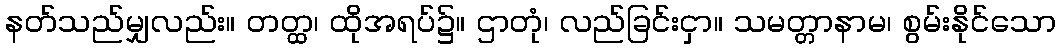
နတ်သည်မျှလည်း။ တတ္ထ၊ ထိုအရပ်၌။ ဌာတုံ၊ လည်ခြင်းငှာ။ သမတ္တာနာမ၊ စွမ်းနိုင်သော